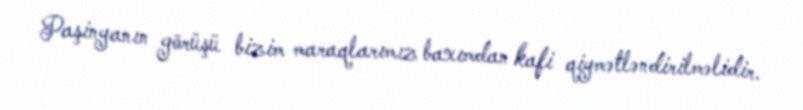
Paşinyanın görüşü bizim maraqlarımız baxımdan kafi qiymətləndirilməlidir.